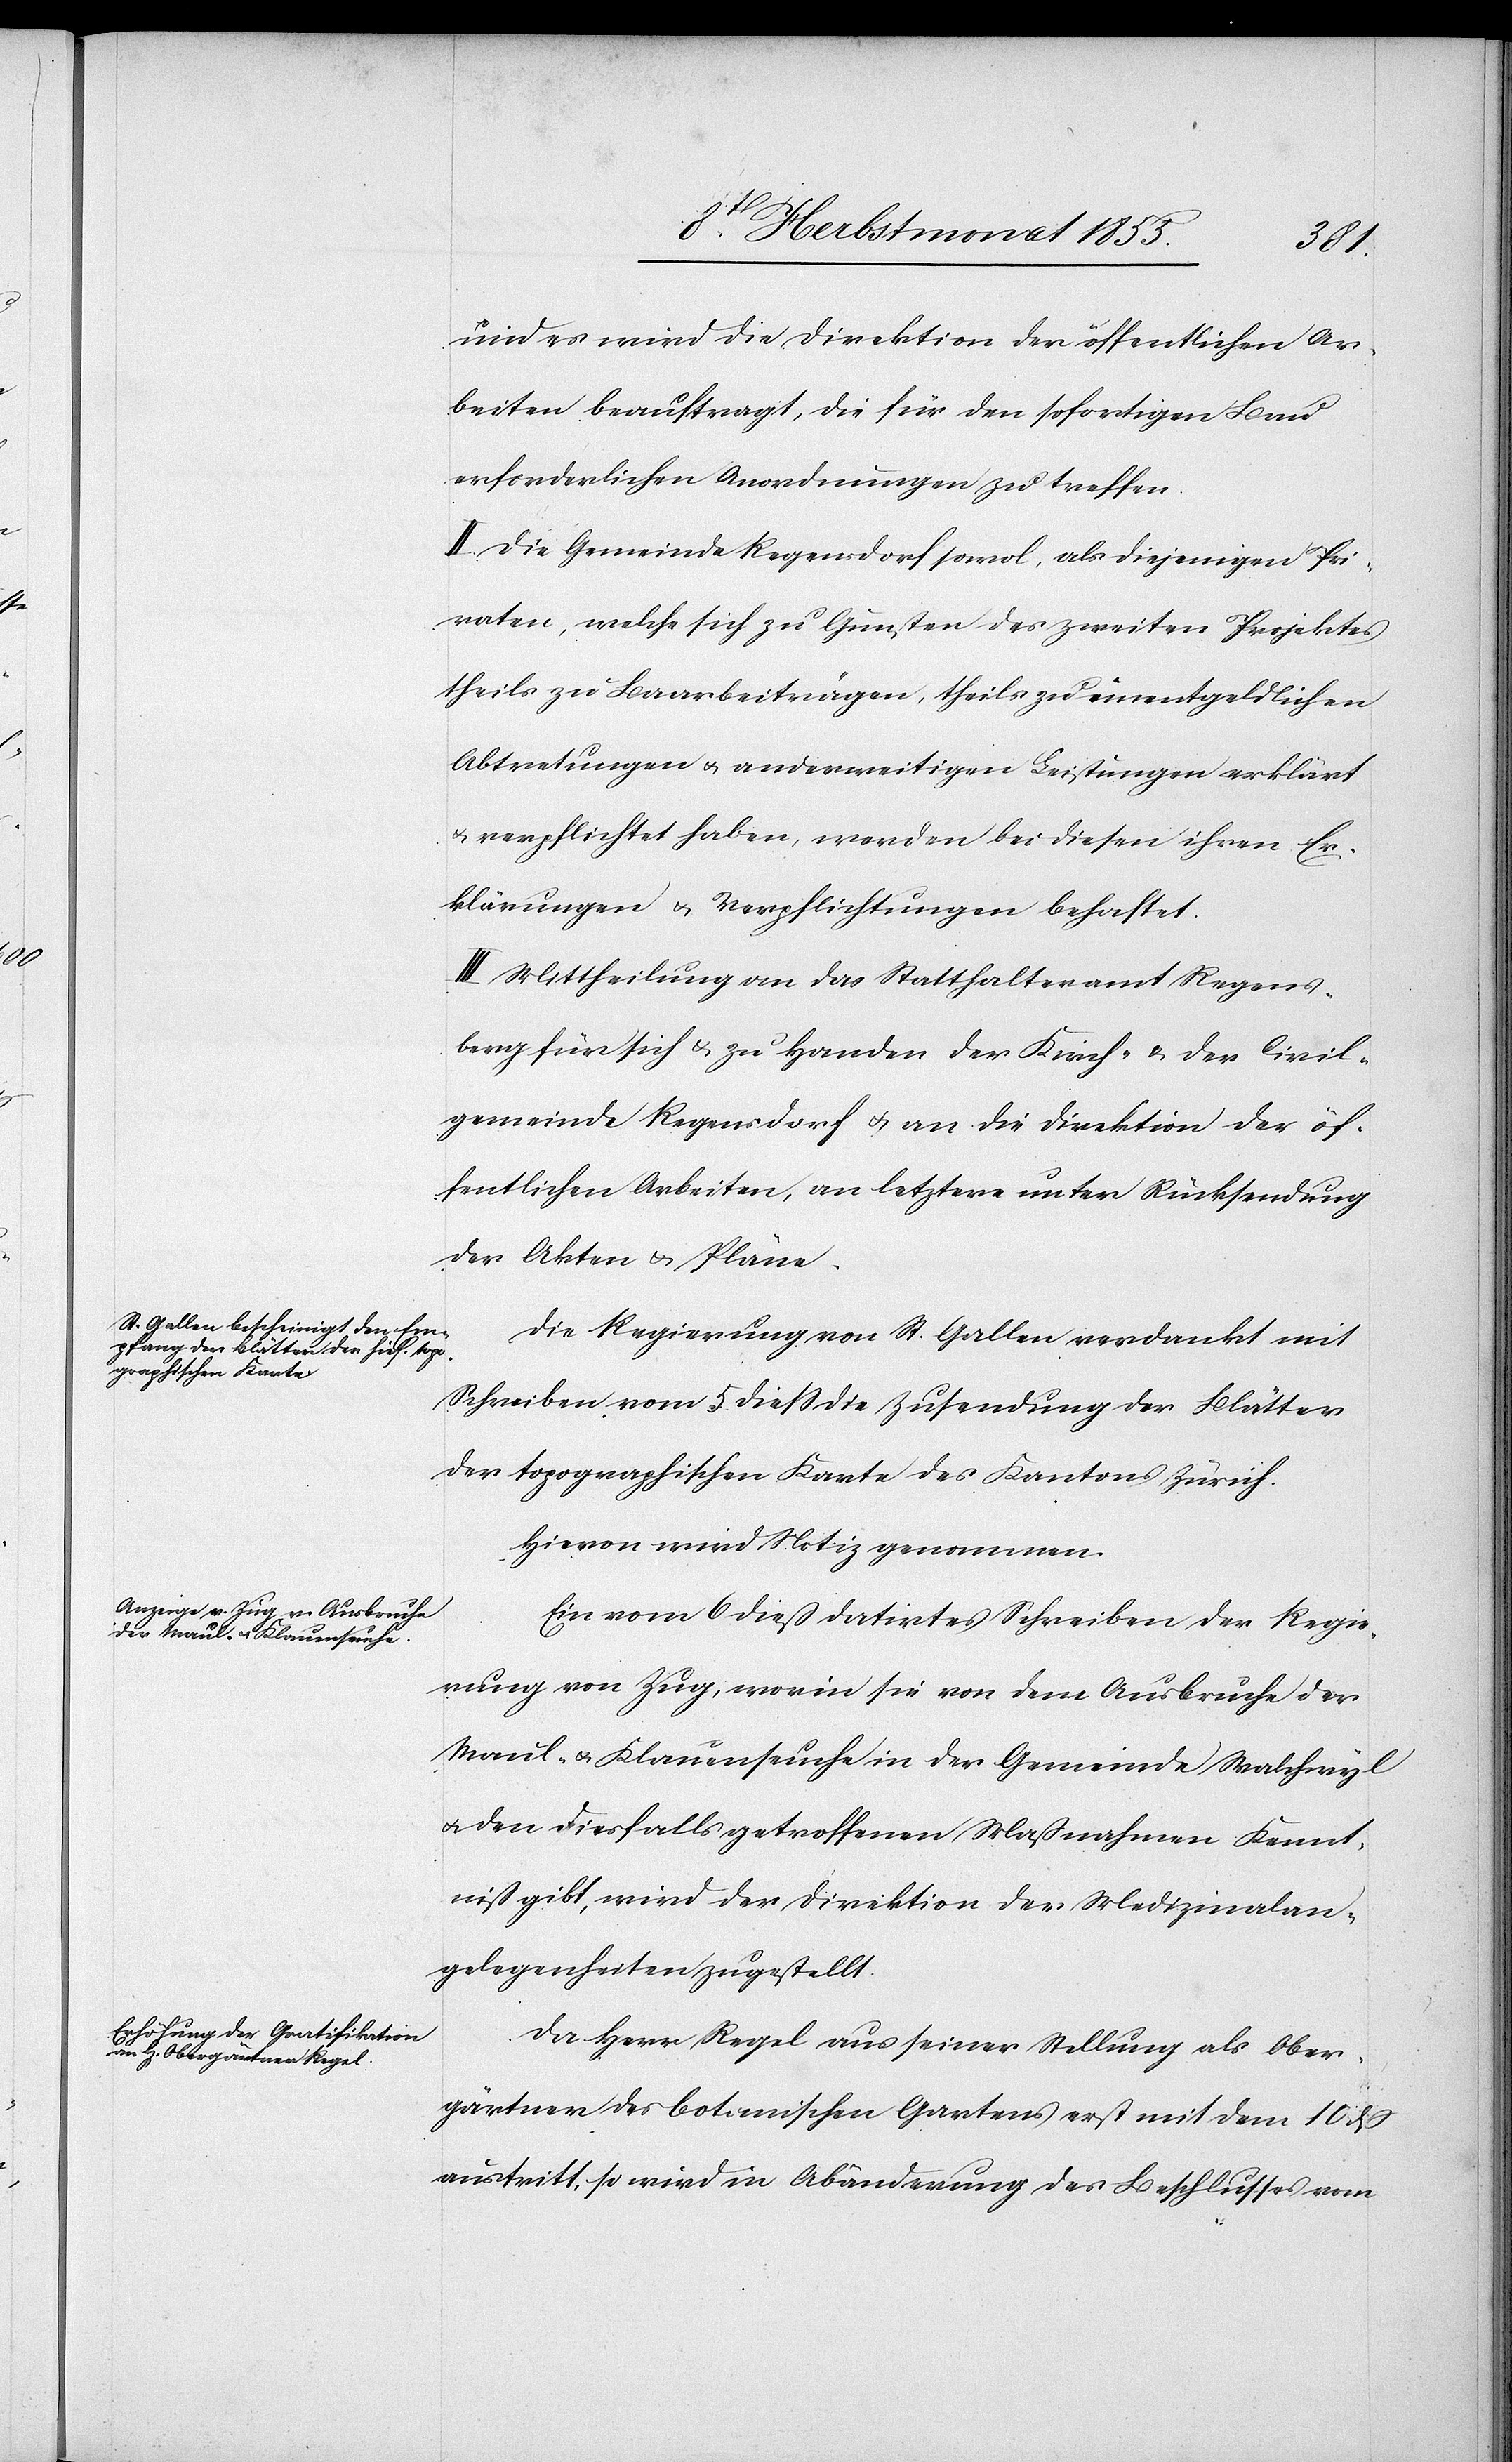
und es wird die Direktion der öffentlichen Ar¬
beiten beauftragt, die für den sofortigen Bau
erforderlichen Anordnungen zu treffen.
II. Die Gemeinde Regensdorf sowol, als diejenigen Pri¬
vaten, welche sich zu Gunsten des zweiten Projektes
theils zu Baarbeiträgen, theils zu unentgeldlichen
Abtretungen & anderweitigen Leistungen erklärt
& verpflichtet haben, werden bei diesen ihren Er¬
klärungen & Verpflichtungen behaftet.
III. Mittheilung an das Statthalteramt Regens¬
berg für sich & zu Handen der Kirch- & der Civil¬
gemeinde Regensdorf & an die Direktion der öf¬
fentlichen Arbeiten, an letztere unter Rücksendung
der Akten & Pläne.
Die Regierung von St. Gallen verdankt mit
Schreiben vom 5 diess die Zusendung der Blätter
der topographischen Karte des Kantons Zürich.
Hievon wird Notiz genommen.
Ein vom 6 dieß datirtes Schreiben der Regie¬
rung von Zug, worin sie von dem Ausbruche der
Maul- & Klauenseuche in der Gemeinde Walchwyl
den diesfalls getroffenen Maßnahmen Kennt¬
niß gibt, wird der Direktion der Medizinalan¬
gelegenheiten zugestellt.
Da Herr Regel aus seiner Stellung als Ober¬
gärtner des botanischen Gartens erst mit dem 10 dß
austritt, so wird in Abänderung des Beschlusses vom